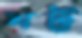
ঘট্ট